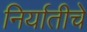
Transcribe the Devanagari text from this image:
निर्यातीचे